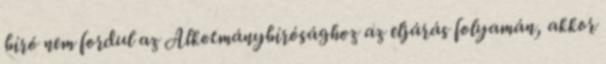
bíró nem fordul az Alkotmánybírósághoz az eljárás folyamán, akkor